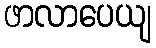
ဖာလာပေယျ